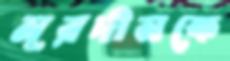
নূরদীনকে